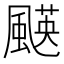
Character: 𩘑